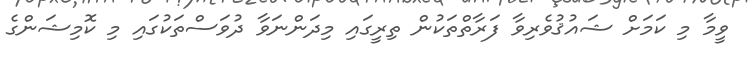
ވީމާ މި ކަމަށް ޝައުޤުވެރިވާ ފަރާތްތަކުން ތިރީގައި މިދަންނަވާ ދުވަސްތަކުގައި މި ކޮމިޝަންގެ